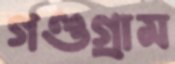
গণ্ডগ্রাম